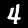
Digit: 4